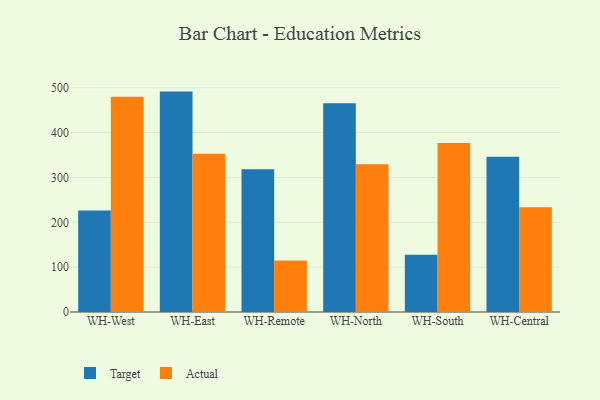
{"axis": {"x": "Warehouse", "y": "Budget (USD K)"}, "legend": ["Actual", "Target"], "data": [{"x": "WH-West", "y": 226.3, "type": "Target"}, {"x": "WH-West", "y": 480.0, "type": "Actual"}, {"x": "WH-East", "y": 491.5, "type": "Target"}, {"x": "WH-East", "y": 352.9, "type": "Actual"}, {"x": "WH-Remote", "y": 318.3, "type": "Target"}, {"x": "WH-Remote", "y": 115.0, "type": "Actual"}, {"x": "WH-North", "y": 465.4, "type": "Target"}, {"x": "WH-North", "y": 329.7, "type": "Actual"}, {"x": "WH-South", "y": 127.6, "type": "Target"}, {"x": "WH-South", "y": 376.6, "type": "Actual"}, {"x": "WH-Central", "y": 346.4, "type": "Target"}, {"x": "WH-Central", "y": 233.5, "type": "Actual"}]}